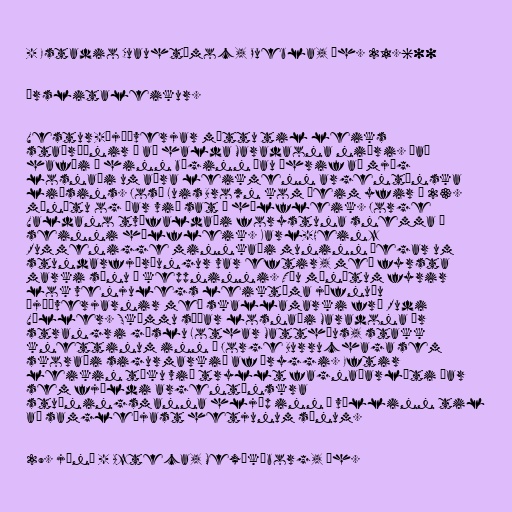
- Estadio Cuauhtémoc, Puebla, áh. 21.600

Úrslitaleikur.

Vestur-Þjóðverjar mættu til leiks
staðráðnir í að halda Maradaona niðri. Það
hafði á hinn bóginn þau áhrif að mjög
losnaði um aðra leikmenn argentínska
liðsins. José Luis Brown kom þeim yfir á 23.
mínútu og þar við sat í hálfleik. Jorge
Valdano tvöfaldaði forystuna snemma í
seinni hálfleik. Karl-Heinz
Rummenigge minnkaði muninn þegar um
stundarfjórðungur var eftir, með fyrsta
marki sínu í keppninni. Tíu mínútum fyrir
lok venjulegs leiktíma jöfnuðu
Þjóðverjarnir með skallamarki frá Rudi
Völler. Skömmu síðar losnaði Maradona úr
strangri gæslu Lothar Matthäus, stakk
knettinum inn á Jorge Burruchaga sem
skoraði sigurmarkið af öryggi. Eftir
leikin tóku við tryllt fagnaðarlæti þar
sem fjöldi argentínskra
stuðningsmanna hljóp inn á völlinn til
að samgleðjast hetjunum sínum.

29. júní - Azteca, Mexíkóborg, áh.